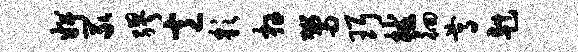
婢冢缪意彩卉鬻珥械徊尊赳